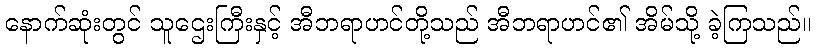
နောက်ဆုံးတွင် သူဌေးကြီးနှင့် အီဘရာဟင်တို့သည် အီဘရာဟင်၏ အိမ်သို့ ခဲ့ကြသည်။